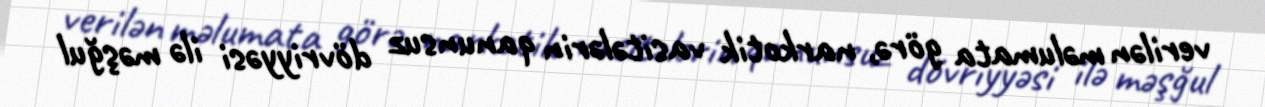
verilən məlumata görə, narkotik vasitələrin qanunsuz dövriyyəsi ilə məşğul